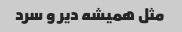
مثل همیشه دیر و سرد